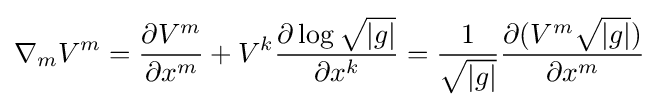
\nabla _{m}V^{m}={\frac {\partial V^{m}}{\partial x^{m}}}+V^{k}{\frac {\partial \log {\sqrt {|g|}}}{\partial x^{k}}}={\frac {1}{\sqrt {|g|}}}{\frac {\partial (V^{m}{\sqrt {|g|}})}{\partial x^{m}}}